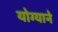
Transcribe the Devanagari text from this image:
योग्याने